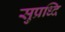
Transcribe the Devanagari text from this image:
सुप्रध्दि